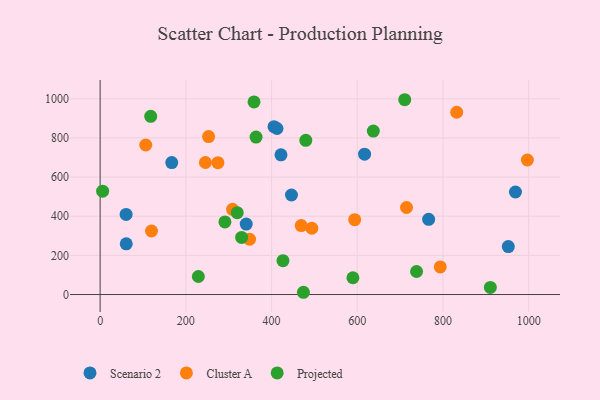
{"axis": {"x": "Price", "y": "Rating"}, "legend": ["Cluster A", "Projected", "Scenario 2"], "data": [{"x": "952.5", "y": 244.9, "type": "Scenario 2"}, {"x": "617.1", "y": 717.1, "type": "Scenario 2"}, {"x": "167.1", "y": 674.0, "type": "Scenario 2"}, {"x": "60.9", "y": 259.3, "type": "Scenario 2"}, {"x": "422.0", "y": 713.7, "type": "Scenario 2"}, {"x": "405.8", "y": 857.6, "type": "Scenario 2"}, {"x": "60.6", "y": 409.4, "type": "Scenario 2"}, {"x": "766.6", "y": 384.0, "type": "Scenario 2"}, {"x": "446.5", "y": 508.4, "type": "Scenario 2"}, {"x": "340.9", "y": 360.1, "type": "Scenario 2"}, {"x": "412.7", "y": 848.2, "type": "Scenario 2"}, {"x": "969.2", "y": 523.8, "type": "Scenario 2"}, {"x": "245.7", "y": 674.6, "type": "Cluster A"}, {"x": "594.0", "y": 382.4, "type": "Cluster A"}, {"x": "494.0", "y": 338.5, "type": "Cluster A"}, {"x": "274.8", "y": 673.7, "type": "Cluster A"}, {"x": "793.7", "y": 141.2, "type": "Cluster A"}, {"x": "997.0", "y": 687.4, "type": "Cluster A"}, {"x": "119.8", "y": 324.5, "type": "Cluster A"}, {"x": "309.0", "y": 435.1, "type": "Cluster A"}, {"x": "106.4", "y": 764.1, "type": "Cluster A"}, {"x": "348.7", "y": 282.3, "type": "Cluster A"}, {"x": "832.1", "y": 931.4, "type": "Cluster A"}, {"x": "469.3", "y": 352.4, "type": "Cluster A"}, {"x": "715.0", "y": 444.6, "type": "Cluster A"}, {"x": "253.1", "y": 806.8, "type": "Cluster A"}, {"x": "710.8", "y": 995.3, "type": "Projected"}, {"x": "363.8", "y": 804.7, "type": "Projected"}, {"x": "5.8", "y": 528.1, "type": "Projected"}, {"x": "359.1", "y": 984.1, "type": "Projected"}, {"x": "319.9", "y": 418.3, "type": "Projected"}, {"x": "637.5", "y": 835.1, "type": "Projected"}, {"x": "426.6", "y": 173.0, "type": "Projected"}, {"x": "229.2", "y": 92.2, "type": "Projected"}, {"x": "738.4", "y": 117.6, "type": "Projected"}, {"x": "479.9", "y": 788.1, "type": "Projected"}, {"x": "474.4", "y": 11.5, "type": "Projected"}, {"x": "330.1", "y": 291.7, "type": "Projected"}, {"x": "589.9", "y": 85.7, "type": "Projected"}, {"x": "118.0", "y": 910.6, "type": "Projected"}, {"x": "291.2", "y": 371.1, "type": "Projected"}, {"x": "910.6", "y": 36.4, "type": "Projected"}]}